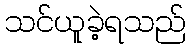
သင်ယူခဲ့ရသည်